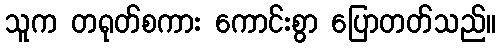
သူက တရုတ်စကား ကောင်းစွာ ပြောတတ်သည်။